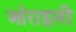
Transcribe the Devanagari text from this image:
ओराइली